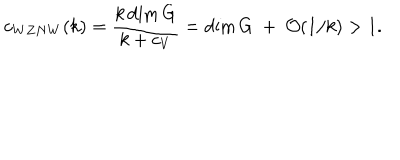
c _ { W Z N W } ( k ) = { \frac { k \dim G } { k + c _ { V } } } = \dim G ~ + ~ { \cal O } ( 1 / k ) > 1 .